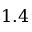
1 . 4